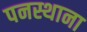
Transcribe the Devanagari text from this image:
पनस्थाना